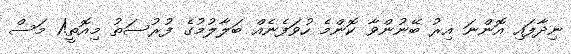
ނިދާފައި އޮންނަ އިރު ބޭނުންވާ ކޮންމެ ހުވަފެނެއް ބަލާލުމުގެ ފުރުސަތު މިއޮތީ!1 މަސް